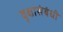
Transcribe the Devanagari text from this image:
वृक्षासंबंधी